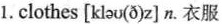
1.clothes [kləʊ(ð)z] n. 衣服